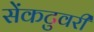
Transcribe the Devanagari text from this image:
सेंकटुवरी